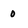
Character: 0